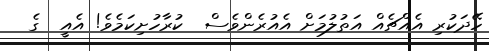
ހޭދަކުރި އެއްޗެއް އަތުލުމަށް އެއުރެންވެސް  ކުރާހުށިކަމެވެ! އެއީ  ގެ